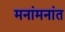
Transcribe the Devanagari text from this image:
मनांमनांत